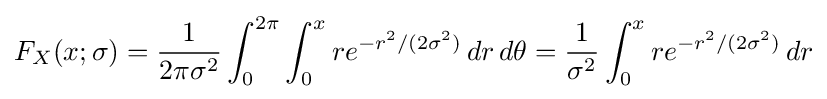
F_{X}(x;\sigma )={\frac {1}{2\pi \sigma ^{2}}}\int _{0}^{2\pi }\int _{0}^{x}re^{-r^{2}/(2\sigma ^{2})}\,dr\,d\theta ={\frac {1}{\sigma ^{2}}}\int _{0}^{x}re^{-r^{2}/(2\sigma ^{2})}\,dr